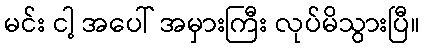
မင်း ငါ့ အပေါ် အမှားကြီး လုပ်မိသွားပြီ။